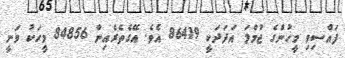
ފައްސިވި މީހުންގެ ޖުމްލަ އަދަދަކީ 86419 އެވެ. އޭގެތެރެއިން 84856 މީހަކު ވަނީ